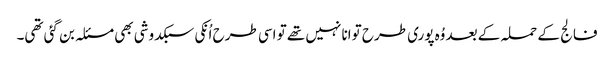
فالج کے حملہ کے بعد وُہ پوری طرح توانا نہیں تھے تو اسی طرح اُنکی سبکدوشی بھی مسئلہ بن گئی تھی۔